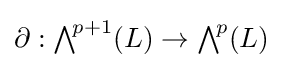
\partial :{\textstyle \bigwedge }^{\!p+1}(L)\to {\textstyle \bigwedge }^{\!p}(L)